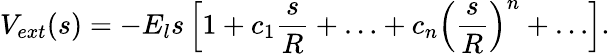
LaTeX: V_{ext}(s)=-E_{l}s\left[1+c_{1}\frac{s}{R}+\ldots+c_{n}\left(\frac{s}{R}\right)^{n}+\ldots\right].